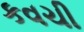
કવચી